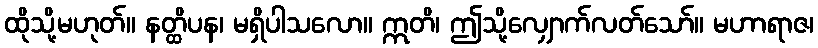
ထိုသို့မဟုတ်။ နတ္ထိပန၊ မရှိပါသလော။ ဣတိ၊ ဤသို့လျှောက်လတ်သော်။ မဟာရာဇ၊